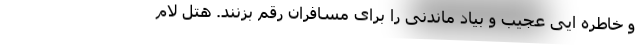
و خاطره ایی عجیب و بیاد ماندنی را برای مسافران رقم بزنند. هتل لام